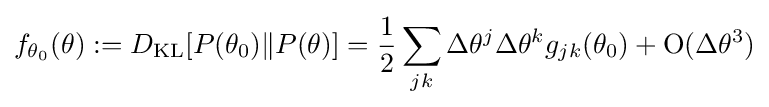
f_{\theta _{0}}(\theta ):=D_{\mathrm {KL} }[P(\theta _{0})\|P(\theta )]={\frac {1}{2}}\sum _{jk}\Delta \theta ^{j}\Delta \theta ^{k}g_{jk}(\theta _{0})+\mathrm {O} (\Delta \theta ^{3})